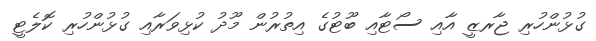
ގުޅުންހުރި ޖާރޒީ އާއި ސޯޓާއި ބޫޓުގެ އިތުރުން މޫދު ކުޅިވަރާއި ގުޅުންހުރި ކޮލެޓީ